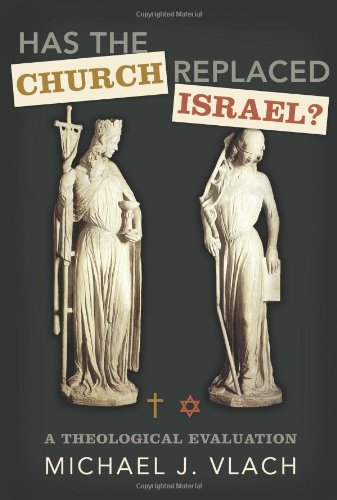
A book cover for Has the Church Replaced Israel?: A Theological Evaluation; Michael J. Vlach; Christian Books & Bibles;